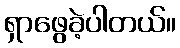
ရှာဖွေခဲ့ပါတယ်။